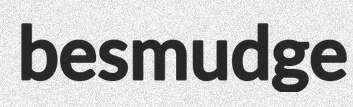
besmudge